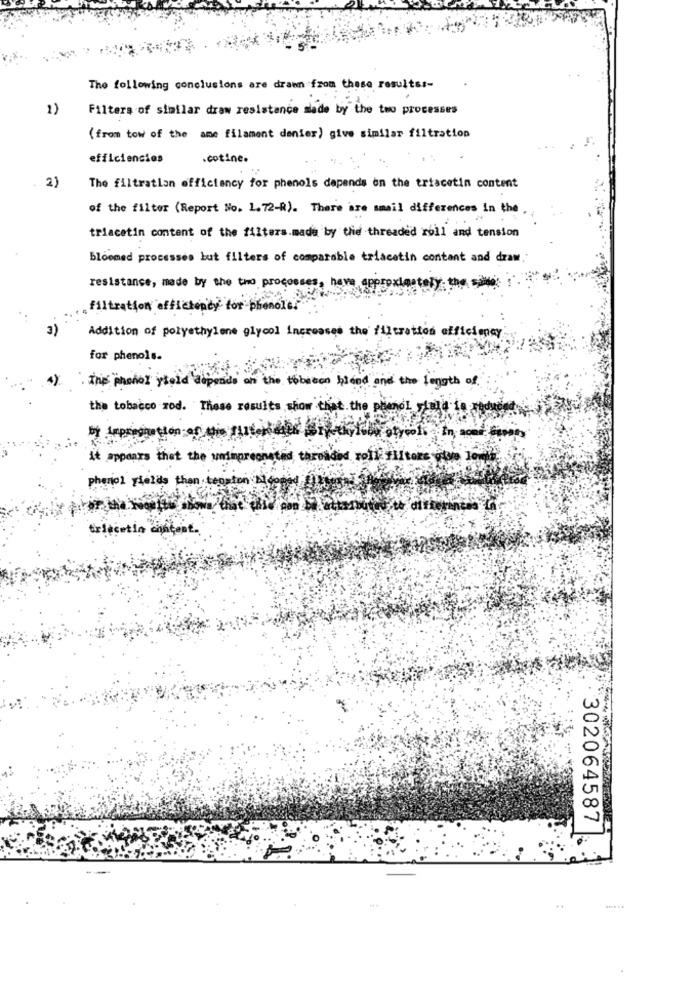
The following conclusions are drawn from these resultss-
2)
Filters of similar draw resistance made by the two processes
(from tow of the ame filament denier) give similar filtration
efficiencies
.cotine.
2)
The filtration efficiency for phenols depends on the triacetin content
of the filter (Report No. 1.72-R). There are amail differences in the
triacetin content of the filters.made by the threaded roll and tension
..
bloomed processes but filters of comparable triacatin contant and draw.
resistance, made by the two processes, have approximately- the. salite;
filtration efficiency for phenolc.
Addition of polyethylene glycol increases the filtration efficiency
for phenols.
the phonol yield depends on the tobacon bloed and the length of
the tobacco rod. These results show that the phenol muld to
otycol. in mondat
it appears that the umimpre
threaded roll- litore
phenol yields than teoston &
different
trlecetin
302064587
-